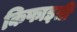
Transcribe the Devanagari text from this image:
किफाइती